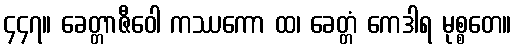
၄၄၇။ ခေတ္တာဇီဝေါ ကဿကော ထ၊ ခေတ္တံ ကေဒါရ မုစ္စတေ။